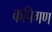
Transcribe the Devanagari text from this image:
कपिगण